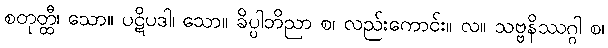
စတုတ္ထီ၊ သော။ ပဋိပဒါ၊ သော။ ခိပ္ပါဘိညာ စ၊ လည်းကောင်း။ လ။ သဗ္ဗနိဿဂ္ဂါ စ၊